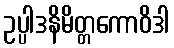
ဥပ္ပါဒနိမိတ္တကောဝိဒါ